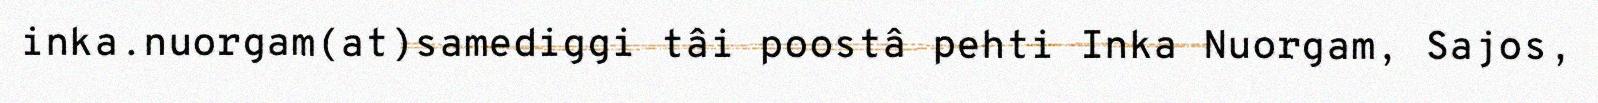
inka.nuorgam(at)samediggi tâi poostâ pehti Inka Nuorgam, Sajos,